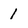
Character: 1